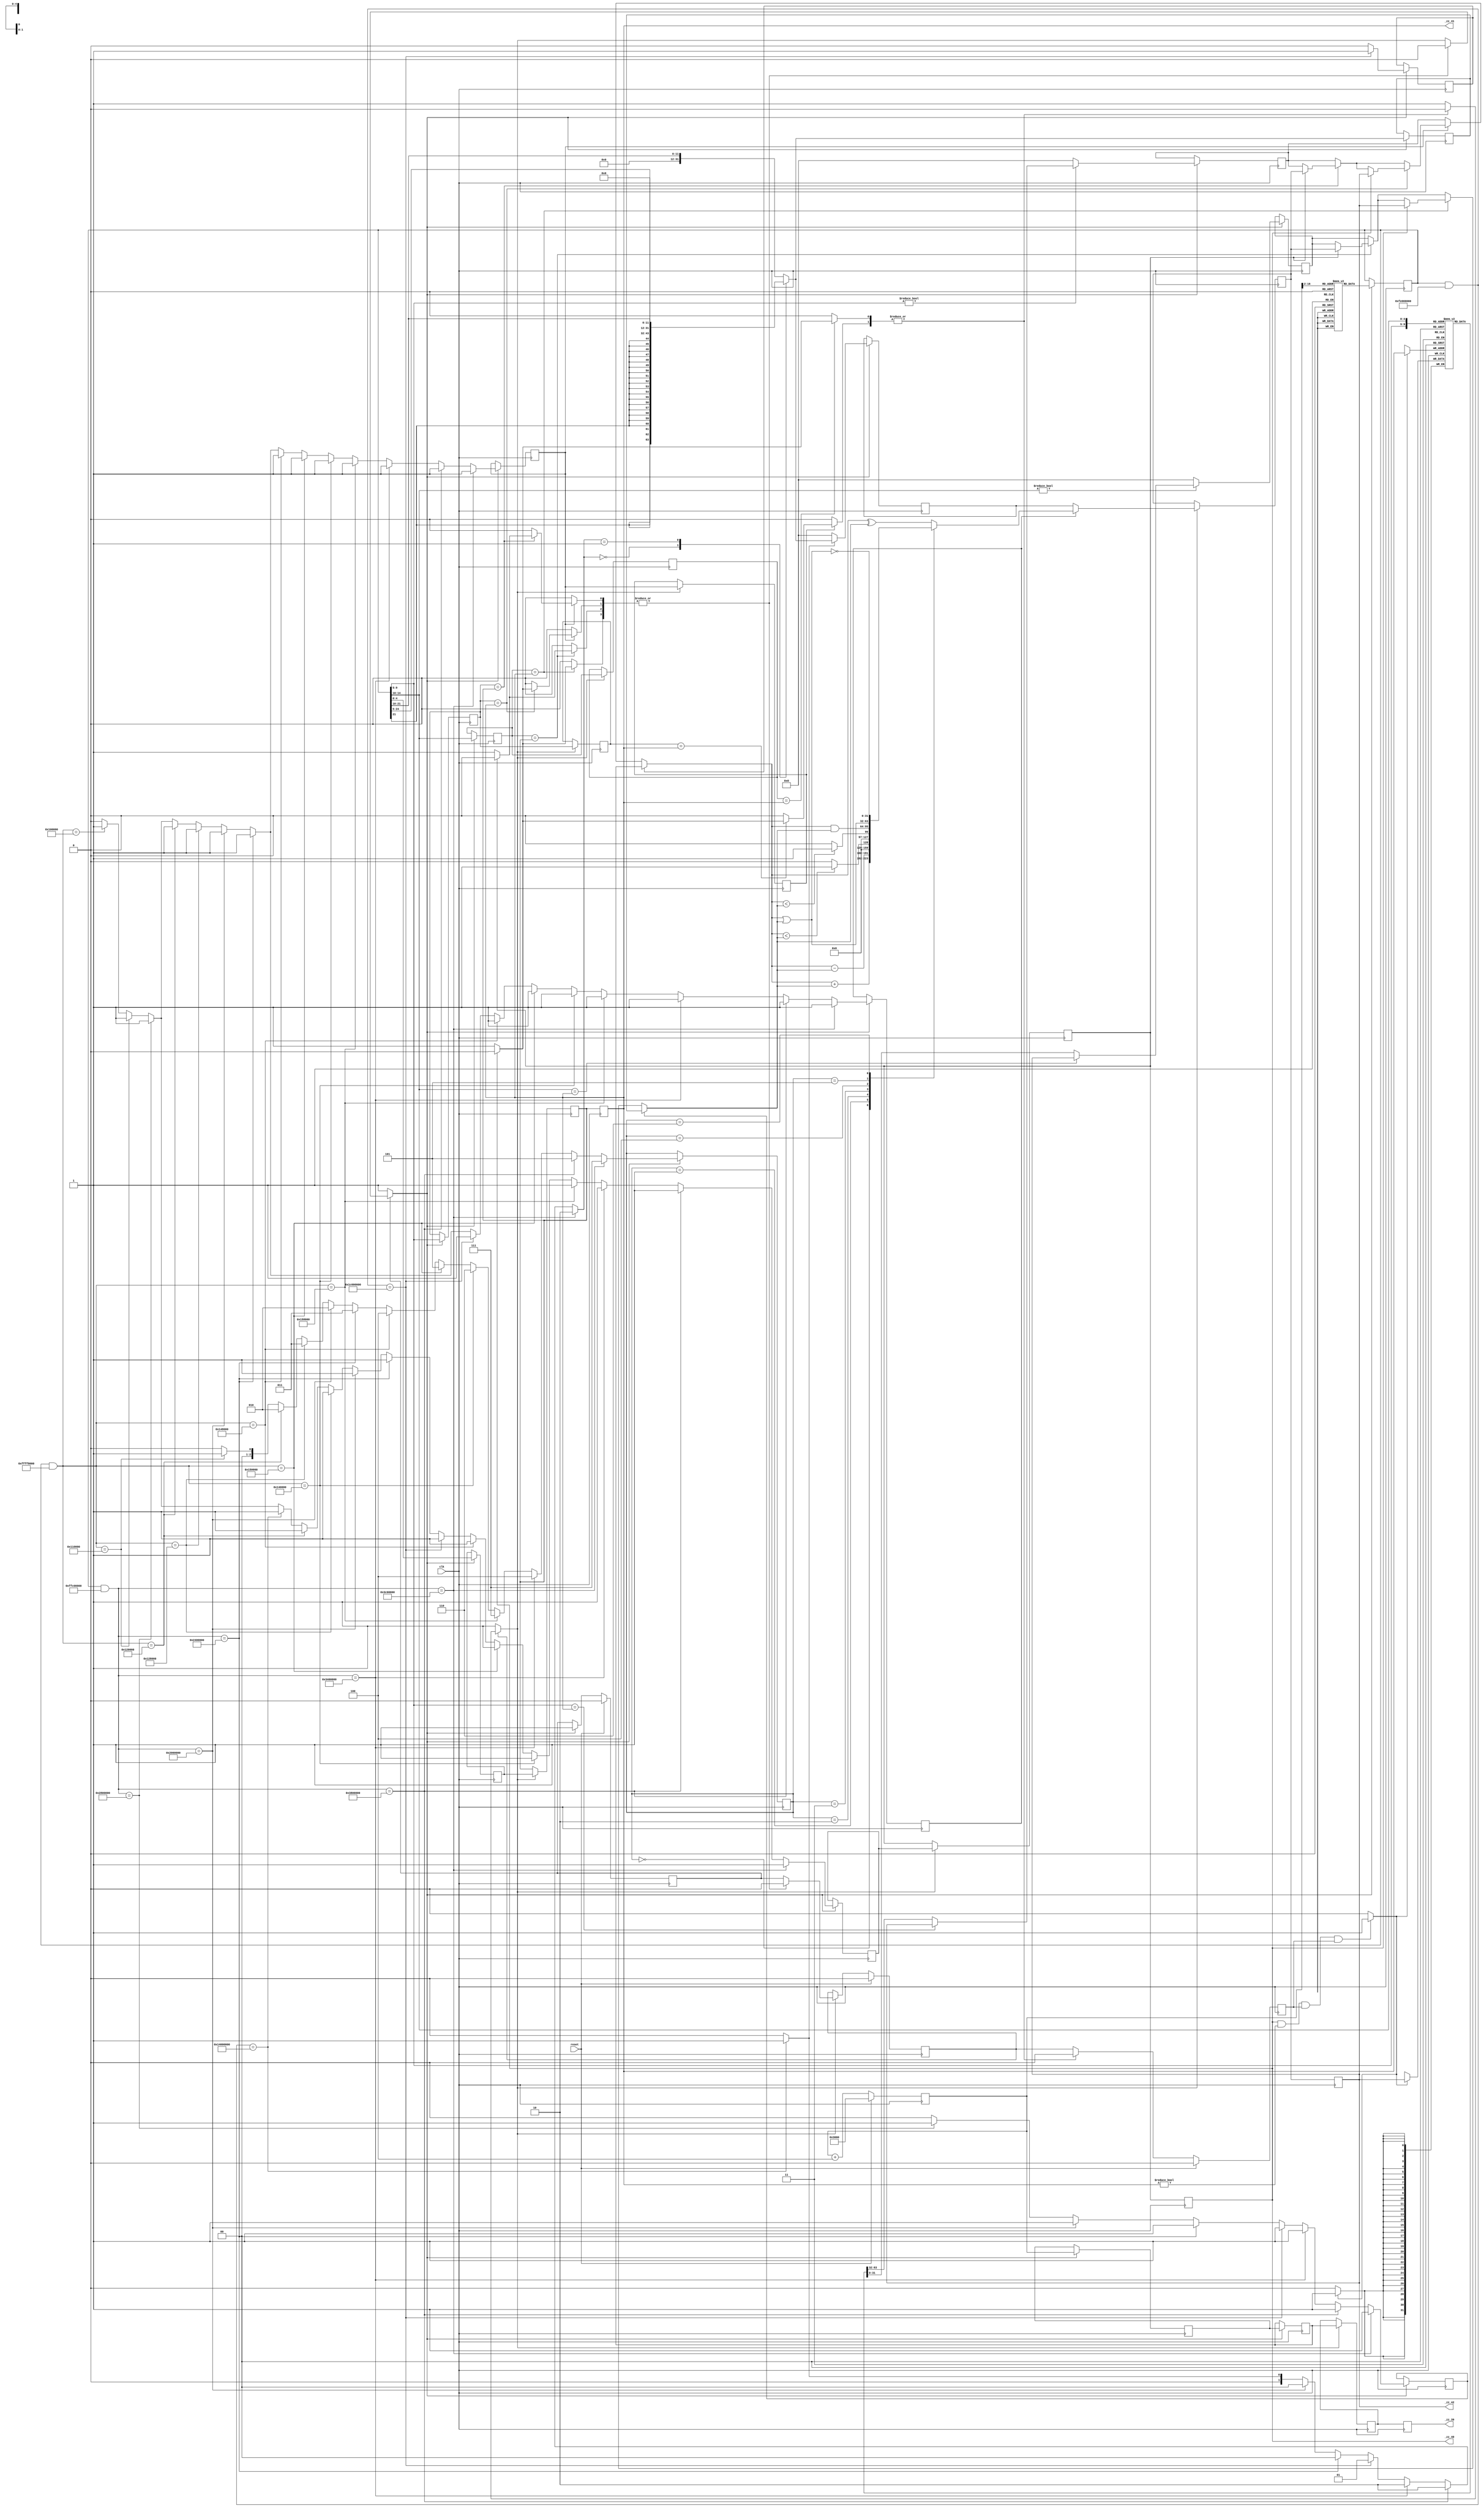
// Generator : SpinalHDL v1.10.1    git head : 2527c7c6b0fb0f95e5e1a5722a0be732b364ce43
// Component : LAS32
// Git hash  : 0c161fd4333e374c0560a31c999905c84b004fba

`timescale 1ns/1ps

module LAS32 (
  output wire [31:0]   _zz_39,
  output wire          _zz_40,
  output wire [4:0]    _zz_41,
  output wire [31:0]   _zz_42,
  input  wire          clk,
  input  wire          reset
);
  localparam AluSrc2_rk = 1'd0;
  localparam AluSrc2_luc = 1'd1;
  localparam AluSrc1_rj = 1'd0;
  localparam AluSrc1_pc = 1'd1;
  localparam AluOp_add = 3'd0;
  localparam AluOp_sub = 3'd1;
  localparam AluOp_slt = 3'd2;
  localparam AluOp_sltu = 3'd3;
  localparam AluOp_and_1 = 3'd4;
  localparam AluOp_or_1 = 3'd5;
  localparam AluOp_nor_1 = 3'd6;
  localparam AluOp_xor_1 = 3'd7;
  localparam LucOp_si12 = 2'd0;
  localparam LucOp_si20 = 2'd1;
  localparam LucOp_ui12 = 2'd2;

  wire       [31:0]   _zz__zz_37_port0;
  wire       [31:0]   _zz__zz_38_port1;
  wire       [31:0]   _zz__zz_38_port2;
  wire       [31:0]   _zz__zz_47;
  wire       [11:0]   _zz__zz_47_1;
  wire       [31:0]   _zz__zz_47_2;
  wire       [11:0]   _zz__zz_47_3;
  wire       [31:0]   _zz__zz_52;
  wire       [31:0]   _zz__zz_52_1;
  wire       [31:0]   _zz__zz_52_2;
  wire       [31:0]   _zz__zz_52_3;
  wire                write_up_isReady;
  wire                memory_down_isValid;
  wire                memory_up_isValid;
  wire                execute_down_isValid;
  wire                execute_up_isValid;
  wire                decode_down_isValid;
  wire                decode_up_isValid;
  reg        [4:0]    _zz_when_RegisterFile_l36;
  reg                 _zz_when_RegisterFile_l36_1;
  reg        [31:0]   _zz_1;
  reg        [31:0]   _zz_2;
  reg        [4:0]    _zz_when_Bypass_l27;
  reg                 _zz_when_RegisterFile_l36_2;
  reg        [4:0]    _zz_when_Bypass_l38;
  reg        [4:0]    _zz_when_Bypass_l27_1;
  reg                 _zz_3;
  reg        [31:0]   _zz_4;
  reg        [31:0]   _zz_5;
  wire                memory_down_isReady;
  reg        [31:0]   _zz_6;
  reg                 _zz_7;
  reg        [0:0]    _zz_8;
  reg        [0:0]    _zz_9;
  reg        [2:0]    _zz_10;
  reg        [4:0]    _zz_when_Bypass_l27_2;
  reg                 _zz_when_RegisterFile_l36_3;
  reg        [4:0]    _zz_when_Bypass_l38_1;
  reg        [4:0]    _zz_when_Bypass_l27_3;
  reg                 _zz_11;
  reg        [31:0]   _zz_12;
  wire                execute_down_isReady;
  reg                 execute_up_valid;
  reg        [31:0]   _zz_when_Decoder_l40;
  reg        [31:0]   _zz_13;
  wire                decode_down_isReady;
  wire                fetch_down_isReady;
  wire                write_down_valid;
  reg                 write_up_valid;
  reg                 memory_down_valid;
  reg                 memory_up_valid;
  reg                 execute_down_valid;
  wire                fetch_up_ready;
  reg                 fetch_down_ready;
  wire                decode_up_ready;
  reg                 decode_down_ready;
  reg                 execute_up_ready;
  reg                 execute_down_ready;
  reg                 memory_up_ready;
  reg                 _zz_memory_haltRequest_Bypass_l42;
  reg                 _zz_execute_haltRequest_Bypass_l42;
  reg                 _zz_execute_haltRequest_Bypass_l42_1;
  reg                 _zz_memory_haltRequest_Bypass_l42_1;
  reg                 _zz_execute_haltRequest_Bypass_l42_2;
  reg                 _zz_execute_haltRequest_Bypass_l42_3;
  reg                 _zz_memory_haltRequest_Bypass_l31;
  reg                 _zz_memory_haltRequest_Bypass_l42_2;
  wire       [4:0]    _zz_when_Bypass_l38_2;
  reg                 _zz_execute_haltRequest_Bypass_l42_4;
  reg                 _zz_execute_haltRequest_Bypass_l42_5;
  reg        [31:0]   _zz_14;
  reg        [31:0]   _zz_15;
  wire       [4:0]    _zz_when_Bypass_l38_3;
  reg                 _zz_execute_haltRequest_Bypass_l31;
  reg                 _zz_execute_haltRequest_Bypass_l31_1;
  wire       [31:0]   _zz_16;
  reg        [31:0]   _zz_17;
  reg        [31:0]   _zz_18;
  wire                _zz_when_RegisterFile_l36_4;
  wire       [4:0]    _zz_when_Bypass_l27_4;
  wire       [4:0]    _zz_when_Bypass_l27_5;
  wire                _zz_19;
  reg        [31:0]   _zz_20;
  reg        [31:0]   _zz_21;
  wire       [2:0]    _zz_22;
  wire       [0:0]    _zz_23;
  wire       [31:0]   _zz_24;
  wire       [0:0]    _zz_25;
  reg        [31:0]   _zz_26;
  wire       [31:0]   _zz_27;
  reg                 _zz_28;
  wire       [31:0]   _zz_29;
  wire                write_up_isValid;
  wire                write_up_isFiring;
  wire       [4:0]    _zz_when_RegisterFile_l36_5;
  wire                _zz_when_RegisterFile_l36_6;
  reg                 _zz_30;
  reg                 _zz_31;
  reg        [1:0]    _zz_32;
  reg        [0:0]    _zz_33;
  reg        [0:0]    _zz_34;
  reg        [2:0]    _zz_35;
  reg                 _zz_when_RegisterFile_l36_7;
  wire       [4:0]    _zz_when_Bypass_l38_4;
  wire       [4:0]    _zz_when_Bypass_l27_6;
  wire       [31:0]   _zz_when_Decoder_l40_1;
  reg                 _zz_36;
  wire       [31:0]   _zz_when_Decoder_l40_2;
  reg        [31:0]   _zz_when_Decoder_l40_3;
  wire       [14:0]   _zz_when_Decoder_l40_4;
  wire                when_Decoder_l40;
  wire                when_Decoder_l40_1;
  wire                when_Decoder_l40_2;
  wire                when_Decoder_l40_3;
  wire                when_Decoder_l40_4;
  wire                when_Decoder_l40_5;
  wire                when_Decoder_l40_6;
  wire                when_Decoder_l40_7;
  wire                when_Decoder_l40_8;
  wire                when_Decoder_l40_9;
  wire                when_Decoder_l40_10;
  wire                when_Decoder_l40_11;
  wire                when_Decoder_l40_12;
  wire                when_Decoder_l40_13;
  wire                when_Decoder_l40_14;
  wire                when_Decoder_l40_15;
  wire                when_RegisterFile_l36;
  reg        [31:0]   _zz_47;
  wire       [31:0]   _zz_48;
  wire       [31:0]   _zz_49;
  reg        [31:0]   _zz_50;
  reg        [31:0]   _zz_51;
  reg        [31:0]   _zz_52;
  wire                when_Bypass_l27;
  wire                execute_haltRequest_Bypass_l31;
  wire                when_Bypass_l27_1;
  wire                execute_haltRequest_Bypass_l31_1;
  wire                when_Bypass_l38;
  wire                execute_haltRequest_Bypass_l42;
  wire                when_Bypass_l38_1;
  wire                execute_haltRequest_Bypass_l42_1;
  wire                when_Bypass_l38_2;
  wire                memory_haltRequest_Bypass_l42;
  wire                when_Bypass_l27_2;
  wire                memory_haltRequest_Bypass_l31;
  wire                when_Bypass_l38_3;
  wire                execute_haltRequest_Bypass_l42_2;
  wire                when_Bypass_l38_4;
  wire                execute_haltRequest_Bypass_l42_3;
  wire                when_Bypass_l38_5;
  wire                memory_haltRequest_Bypass_l42_1;
  wire                when_Bypass_l38_6;
  wire                execute_haltRequest_Bypass_l42_4;
  wire                when_Bypass_l38_7;
  wire                execute_haltRequest_Bypass_l42_5;
  wire                when_Bypass_l38_8;
  wire                memory_haltRequest_Bypass_l42_2;
  wire                when_CtrlLink_l151;
  wire                when_CtrlLink_l151_1;
  wire                when_StageLink_l67;
  wire                when_StageLink_l67_1;
  wire                when_StageLink_l67_2;
  `ifndef SYNTHESIS
  reg [23:0] _zz_8_string;
  reg [15:0] _zz_9_string;
  reg [39:0] _zz_10_string;
  reg [39:0] _zz_22_string;
  reg [23:0] _zz_23_string;
  reg [15:0] _zz_25_string;
  reg [31:0] _zz_32_string;
  reg [23:0] _zz_33_string;
  reg [15:0] _zz_34_string;
  reg [39:0] _zz_35_string;
  `endif

  reg [31:0] _zz_37 [0:32767];
  (* ram_style = "distributed" *) reg [31:0] _zz_38 [0:31];

  assign _zz__zz_47_1 = _zz_when_Decoder_l40_1[21 : 10];
  assign _zz__zz_47 = {{20{_zz__zz_47_1[11]}}, _zz__zz_47_1};
  assign _zz__zz_47_3 = _zz_when_Decoder_l40_1[21 : 10];
  assign _zz__zz_47_2 = {20'd0, _zz__zz_47_3};
  assign _zz__zz_52 = (_zz_48 + _zz_49);
  assign _zz__zz_52_1 = (_zz_48 - _zz_49);
  assign _zz__zz_52_2 = _zz_48;
  assign _zz__zz_52_3 = _zz_49;
  assign _zz__zz_37_port0 = _zz_37[_zz_when_Decoder_l40_4];
  always @(posedge clk) begin
    if(_zz_28) begin
      _zz_38[_zz_when_RegisterFile_l36_5] <= _zz_29;
    end
  end

  assign _zz__zz_38_port1 = _zz_38[_zz_when_Bypass_l27_6];
  assign _zz__zz_38_port2 = _zz_38[_zz_when_Bypass_l38_4];
  `ifndef SYNTHESIS
  always @(*) begin
    case(_zz_8)
      AluSrc2_rk : _zz_8_string = "rk ";
      AluSrc2_luc : _zz_8_string = "luc";
      default : _zz_8_string = "???";
    endcase
  end
  always @(*) begin
    case(_zz_9)
      AluSrc1_rj : _zz_9_string = "rj";
      AluSrc1_pc : _zz_9_string = "pc";
      default : _zz_9_string = "??";
    endcase
  end
  always @(*) begin
    case(_zz_10)
      AluOp_add : _zz_10_string = "add  ";
      AluOp_sub : _zz_10_string = "sub  ";
      AluOp_slt : _zz_10_string = "slt  ";
      AluOp_sltu : _zz_10_string = "sltu ";
      AluOp_and_1 : _zz_10_string = "and_1";
      AluOp_or_1 : _zz_10_string = "or_1 ";
      AluOp_nor_1 : _zz_10_string = "nor_1";
      AluOp_xor_1 : _zz_10_string = "xor_1";
      default : _zz_10_string = "?????";
    endcase
  end
  always @(*) begin
    case(_zz_22)
      AluOp_add : _zz_22_string = "add  ";
      AluOp_sub : _zz_22_string = "sub  ";
      AluOp_slt : _zz_22_string = "slt  ";
      AluOp_sltu : _zz_22_string = "sltu ";
      AluOp_and_1 : _zz_22_string = "and_1";
      AluOp_or_1 : _zz_22_string = "or_1 ";
      AluOp_nor_1 : _zz_22_string = "nor_1";
      AluOp_xor_1 : _zz_22_string = "xor_1";
      default : _zz_22_string = "?????";
    endcase
  end
  always @(*) begin
    case(_zz_23)
      AluSrc2_rk : _zz_23_string = "rk ";
      AluSrc2_luc : _zz_23_string = "luc";
      default : _zz_23_string = "???";
    endcase
  end
  always @(*) begin
    case(_zz_25)
      AluSrc1_rj : _zz_25_string = "rj";
      AluSrc1_pc : _zz_25_string = "pc";
      default : _zz_25_string = "??";
    endcase
  end
  always @(*) begin
    case(_zz_32)
      LucOp_si12 : _zz_32_string = "si12";
      LucOp_si20 : _zz_32_string = "si20";
      LucOp_ui12 : _zz_32_string = "ui12";
      default : _zz_32_string = "????";
    endcase
  end
  always @(*) begin
    case(_zz_33)
      AluSrc2_rk : _zz_33_string = "rk ";
      AluSrc2_luc : _zz_33_string = "luc";
      default : _zz_33_string = "???";
    endcase
  end
  always @(*) begin
    case(_zz_34)
      AluSrc1_rj : _zz_34_string = "rj";
      AluSrc1_pc : _zz_34_string = "pc";
      default : _zz_34_string = "??";
    endcase
  end
  always @(*) begin
    case(_zz_35)
      AluOp_add : _zz_35_string = "add  ";
      AluOp_sub : _zz_35_string = "sub  ";
      AluOp_slt : _zz_35_string = "slt  ";
      AluOp_sltu : _zz_35_string = "sltu ";
      AluOp_and_1 : _zz_35_string = "and_1";
      AluOp_or_1 : _zz_35_string = "or_1 ";
      AluOp_nor_1 : _zz_35_string = "nor_1";
      AluOp_xor_1 : _zz_35_string = "xor_1";
      default : _zz_35_string = "?????";
    endcase
  end
  `endif

  always @(*) begin
    _zz_memory_haltRequest_Bypass_l42 = 1'b0;
    if(when_Bypass_l38_8) begin
      if(!_zz_when_RegisterFile_l36_6) begin
        _zz_memory_haltRequest_Bypass_l42 = 1'b1;
      end
    end
  end

  always @(*) begin
    _zz_execute_haltRequest_Bypass_l42 = 1'b0;
    if(when_Bypass_l38_7) begin
      if(!_zz_when_RegisterFile_l36_6) begin
        _zz_execute_haltRequest_Bypass_l42 = 1'b1;
      end
    end
  end

  always @(*) begin
    _zz_execute_haltRequest_Bypass_l42_1 = 1'b0;
    if(when_Bypass_l38_6) begin
      if(!_zz_when_RegisterFile_l36_4) begin
        _zz_execute_haltRequest_Bypass_l42_1 = 1'b1;
      end
    end
  end

  always @(*) begin
    _zz_memory_haltRequest_Bypass_l42_1 = 1'b0;
    if(when_Bypass_l38_5) begin
      if(!_zz_when_RegisterFile_l36_6) begin
        _zz_memory_haltRequest_Bypass_l42_1 = 1'b1;
      end
    end
  end

  always @(*) begin
    _zz_execute_haltRequest_Bypass_l42_2 = 1'b0;
    if(when_Bypass_l38_4) begin
      if(!_zz_when_RegisterFile_l36_6) begin
        _zz_execute_haltRequest_Bypass_l42_2 = 1'b1;
      end
    end
  end

  always @(*) begin
    _zz_execute_haltRequest_Bypass_l42_3 = 1'b0;
    if(when_Bypass_l38_3) begin
      if(!_zz_when_RegisterFile_l36_4) begin
        _zz_execute_haltRequest_Bypass_l42_3 = 1'b1;
      end
    end
  end

  always @(*) begin
    _zz_memory_haltRequest_Bypass_l31 = 1'b0;
    if(_zz_3) begin
      if(when_Bypass_l27_2) begin
        if(!_zz_when_RegisterFile_l36_6) begin
          _zz_memory_haltRequest_Bypass_l31 = 1'b1;
        end
      end
    end
  end

  always @(*) begin
    _zz_memory_haltRequest_Bypass_l42_2 = 1'b0;
    if(when_Bypass_l38_2) begin
      if(!_zz_when_RegisterFile_l36_6) begin
        _zz_memory_haltRequest_Bypass_l42_2 = 1'b1;
      end
    end
  end

  always @(*) begin
    _zz_execute_haltRequest_Bypass_l42_4 = 1'b0;
    if(when_Bypass_l38_1) begin
      if(!_zz_when_RegisterFile_l36_6) begin
        _zz_execute_haltRequest_Bypass_l42_4 = 1'b1;
      end
    end
  end

  always @(*) begin
    _zz_execute_haltRequest_Bypass_l42_5 = 1'b0;
    if(when_Bypass_l38) begin
      if(!_zz_when_RegisterFile_l36_4) begin
        _zz_execute_haltRequest_Bypass_l42_5 = 1'b1;
      end
    end
  end

  always @(*) begin
    _zz_15 = _zz_14;
    if(when_Bypass_l38) begin
      if(_zz_when_RegisterFile_l36_4) begin
        _zz_15 = _zz_16;
      end
    end
    if(when_Bypass_l38_1) begin
      if(_zz_when_RegisterFile_l36_6) begin
        _zz_15 = _zz_29;
      end
    end
    if(when_Bypass_l38_3) begin
      if(_zz_when_RegisterFile_l36_4) begin
        _zz_15 = _zz_16;
      end
    end
    if(when_Bypass_l38_4) begin
      if(_zz_when_RegisterFile_l36_6) begin
        _zz_15 = _zz_29;
      end
    end
    if(when_Bypass_l38_6) begin
      if(_zz_when_RegisterFile_l36_4) begin
        _zz_15 = _zz_16;
      end
    end
    if(when_Bypass_l38_7) begin
      if(_zz_when_RegisterFile_l36_6) begin
        _zz_15 = _zz_29;
      end
    end
  end

  always @(*) begin
    _zz_execute_haltRequest_Bypass_l31 = 1'b0;
    if(_zz_19) begin
      if(when_Bypass_l27_1) begin
        if(!_zz_when_RegisterFile_l36_6) begin
          _zz_execute_haltRequest_Bypass_l31 = 1'b1;
        end
      end
    end
  end

  always @(*) begin
    _zz_execute_haltRequest_Bypass_l31_1 = 1'b0;
    if(_zz_19) begin
      if(when_Bypass_l27) begin
        if(!_zz_when_RegisterFile_l36_4) begin
          _zz_execute_haltRequest_Bypass_l31_1 = 1'b1;
        end
      end
    end
  end

  always @(*) begin
    _zz_18 = _zz_17;
    if(_zz_19) begin
      if(when_Bypass_l27) begin
        if(_zz_when_RegisterFile_l36_4) begin
          _zz_18 = _zz_16;
        end
      end
      if(when_Bypass_l27_1) begin
        if(_zz_when_RegisterFile_l36_6) begin
          _zz_18 = _zz_29;
        end
      end
    end
  end

  always @(*) begin
    _zz_21 = _zz_20;
    if(_zz_7) begin
      _zz_21 = _zz_52;
    end
  end

  always @(*) begin
    _zz_26 = 32'h00000000;
    if(_zz_31) begin
      _zz_26 = _zz_27;
    end
  end

  always @(*) begin
    _zz_28 = 1'b0;
    if(when_RegisterFile_l36) begin
      _zz_28 = 1'b1;
    end
  end

  assign _zz_when_Decoder_l40_2 = _zz_when_Decoder_l40_3;
  assign _zz_when_Decoder_l40_4 = _zz_when_Decoder_l40_2[16 : 2];
  always @(*) begin
    _zz_36 = 1'b0;
    if(when_Decoder_l40) begin
      _zz_36 = 1'b1;
    end
    if(when_Decoder_l40_1) begin
      _zz_36 = 1'b1;
    end
    if(when_Decoder_l40_2) begin
      _zz_36 = 1'b1;
    end
    if(when_Decoder_l40_4) begin
      _zz_36 = 1'b1;
    end
    if(when_Decoder_l40_5) begin
      _zz_36 = 1'b1;
    end
    if(when_Decoder_l40_6) begin
      _zz_36 = 1'b1;
    end
    if(when_Decoder_l40_7) begin
      _zz_36 = 1'b1;
    end
    if(when_Decoder_l40_9) begin
      _zz_36 = 1'b1;
    end
    if(when_Decoder_l40_10) begin
      _zz_36 = 1'b1;
    end
    if(when_Decoder_l40_11) begin
      _zz_36 = 1'b1;
    end
    if(when_Decoder_l40_12) begin
      _zz_36 = 1'b1;
    end
    if(when_Decoder_l40_13) begin
      _zz_36 = 1'b1;
    end
    if(when_Decoder_l40_14) begin
      _zz_36 = 1'b1;
    end
    if(when_Decoder_l40_15) begin
      _zz_36 = 1'b1;
    end
  end

  assign _zz_when_Bypass_l27_6 = _zz_when_Decoder_l40_1[9 : 5];
  assign _zz_when_Bypass_l38_4 = _zz_when_Decoder_l40_1[14 : 10];
  always @(*) begin
    _zz_when_RegisterFile_l36_7 = 1'b0;
    if(when_Decoder_l40) begin
      _zz_when_RegisterFile_l36_7 = 1'b1;
    end
    if(when_Decoder_l40_1) begin
      _zz_when_RegisterFile_l36_7 = 1'b1;
    end
    if(when_Decoder_l40_2) begin
      _zz_when_RegisterFile_l36_7 = 1'b1;
    end
    if(when_Decoder_l40_3) begin
      _zz_when_RegisterFile_l36_7 = 1'b1;
    end
    if(when_Decoder_l40_4) begin
      _zz_when_RegisterFile_l36_7 = 1'b1;
    end
    if(when_Decoder_l40_5) begin
      _zz_when_RegisterFile_l36_7 = 1'b1;
    end
    if(when_Decoder_l40_6) begin
      _zz_when_RegisterFile_l36_7 = 1'b1;
    end
    if(when_Decoder_l40_7) begin
      _zz_when_RegisterFile_l36_7 = 1'b1;
    end
    if(when_Decoder_l40_8) begin
      _zz_when_RegisterFile_l36_7 = 1'b1;
    end
    if(when_Decoder_l40_9) begin
      _zz_when_RegisterFile_l36_7 = 1'b1;
    end
    if(when_Decoder_l40_10) begin
      _zz_when_RegisterFile_l36_7 = 1'b1;
    end
    if(when_Decoder_l40_11) begin
      _zz_when_RegisterFile_l36_7 = 1'b1;
    end
    if(when_Decoder_l40_12) begin
      _zz_when_RegisterFile_l36_7 = 1'b1;
    end
    if(when_Decoder_l40_13) begin
      _zz_when_RegisterFile_l36_7 = 1'b1;
    end
    if(when_Decoder_l40_14) begin
      _zz_when_RegisterFile_l36_7 = 1'b1;
    end
    if(when_Decoder_l40_15) begin
      _zz_when_RegisterFile_l36_7 = 1'b1;
    end
  end

  always @(*) begin
    _zz_35 = AluOp_add;
    if(when_Decoder_l40_1) begin
      _zz_35 = AluOp_sub;
    end
    if(when_Decoder_l40_4) begin
      _zz_35 = AluOp_slt;
    end
    if(when_Decoder_l40_5) begin
      _zz_35 = AluOp_sltu;
    end
    if(when_Decoder_l40_6) begin
      _zz_35 = AluOp_slt;
    end
    if(when_Decoder_l40_7) begin
      _zz_35 = AluOp_sltu;
    end
    if(when_Decoder_l40_9) begin
      _zz_35 = AluOp_and_1;
    end
    if(when_Decoder_l40_10) begin
      _zz_35 = AluOp_or_1;
    end
    if(when_Decoder_l40_11) begin
      _zz_35 = AluOp_nor_1;
    end
    if(when_Decoder_l40_12) begin
      _zz_35 = AluOp_xor_1;
    end
    if(when_Decoder_l40_13) begin
      _zz_35 = AluOp_and_1;
    end
    if(when_Decoder_l40_14) begin
      _zz_35 = AluOp_or_1;
    end
    if(when_Decoder_l40_15) begin
      _zz_35 = AluOp_xor_1;
    end
  end

  always @(*) begin
    _zz_34 = AluSrc1_rj;
    if(when_Decoder_l40_8) begin
      _zz_34 = AluSrc1_pc;
    end
  end

  always @(*) begin
    _zz_33 = AluSrc2_rk;
    if(when_Decoder_l40_2) begin
      _zz_33 = AluSrc2_luc;
    end
    if(when_Decoder_l40_6) begin
      _zz_33 = AluSrc2_luc;
    end
    if(when_Decoder_l40_7) begin
      _zz_33 = AluSrc2_luc;
    end
    if(when_Decoder_l40_8) begin
      _zz_33 = AluSrc2_luc;
    end
    if(when_Decoder_l40_13) begin
      _zz_33 = AluSrc2_luc;
    end
    if(when_Decoder_l40_14) begin
      _zz_33 = AluSrc2_luc;
    end
    if(when_Decoder_l40_15) begin
      _zz_33 = AluSrc2_luc;
    end
  end

  always @(*) begin
    _zz_32 = LucOp_si12;
    if(when_Decoder_l40_2) begin
      _zz_32 = LucOp_si12;
    end
    if(when_Decoder_l40_3) begin
      _zz_32 = LucOp_si20;
    end
    if(when_Decoder_l40_6) begin
      _zz_32 = LucOp_si12;
    end
    if(when_Decoder_l40_7) begin
      _zz_32 = LucOp_si12;
    end
    if(when_Decoder_l40_8) begin
      _zz_32 = LucOp_si20;
    end
    if(when_Decoder_l40_13) begin
      _zz_32 = LucOp_ui12;
    end
    if(when_Decoder_l40_14) begin
      _zz_32 = LucOp_ui12;
    end
    if(when_Decoder_l40_15) begin
      _zz_32 = LucOp_ui12;
    end
  end

  always @(*) begin
    _zz_31 = 1'b0;
    if(when_Decoder_l40_3) begin
      _zz_31 = 1'b1;
    end
  end

  always @(*) begin
    _zz_30 = 1'b0;
    if(when_Decoder_l40) begin
      _zz_30 = 1'b1;
    end
    if(when_Decoder_l40_1) begin
      _zz_30 = 1'b1;
    end
    if(when_Decoder_l40_2) begin
      _zz_30 = 1'b1;
    end
    if(when_Decoder_l40_4) begin
      _zz_30 = 1'b1;
    end
    if(when_Decoder_l40_5) begin
      _zz_30 = 1'b1;
    end
    if(when_Decoder_l40_6) begin
      _zz_30 = 1'b1;
    end
    if(when_Decoder_l40_7) begin
      _zz_30 = 1'b1;
    end
    if(when_Decoder_l40_8) begin
      _zz_30 = 1'b1;
    end
    if(when_Decoder_l40_9) begin
      _zz_30 = 1'b1;
    end
    if(when_Decoder_l40_10) begin
      _zz_30 = 1'b1;
    end
    if(when_Decoder_l40_11) begin
      _zz_30 = 1'b1;
    end
    if(when_Decoder_l40_12) begin
      _zz_30 = 1'b1;
    end
    if(when_Decoder_l40_13) begin
      _zz_30 = 1'b1;
    end
    if(when_Decoder_l40_14) begin
      _zz_30 = 1'b1;
    end
    if(when_Decoder_l40_15) begin
      _zz_30 = 1'b1;
    end
  end

  assign when_Decoder_l40 = ((_zz_when_Decoder_l40_1 & 32'hffff8000) == 32'h00100000);
  assign when_Decoder_l40_1 = ((_zz_when_Decoder_l40_1 & 32'hffff8000) == 32'h00110000);
  assign when_Decoder_l40_2 = ((_zz_when_Decoder_l40_1 & 32'hffc00000) == 32'h02800000);
  assign when_Decoder_l40_3 = ((_zz_when_Decoder_l40_1 & 32'hfe000000) == 32'h14000000);
  assign when_Decoder_l40_4 = ((_zz_when_Decoder_l40_1 & 32'hffff8000) == 32'h00120000);
  assign when_Decoder_l40_5 = ((_zz_when_Decoder_l40_1 & 32'hffff8000) == 32'h00128000);
  assign when_Decoder_l40_6 = ((_zz_when_Decoder_l40_1 & 32'hffc00000) == 32'h02000000);
  assign when_Decoder_l40_7 = ((_zz_when_Decoder_l40_1 & 32'hffc00000) == 32'h02400000);
  assign when_Decoder_l40_8 = ((_zz_when_Decoder_l40_1 & 32'hfe000000) == 32'h1c000000);
  assign when_Decoder_l40_9 = ((_zz_when_Decoder_l40_1 & 32'hffff8000) == 32'h00148000);
  assign when_Decoder_l40_10 = ((_zz_when_Decoder_l40_1 & 32'hffff8000) == 32'h00150000);
  assign when_Decoder_l40_11 = ((_zz_when_Decoder_l40_1 & 32'hffff8000) == 32'h00140000);
  assign when_Decoder_l40_12 = ((_zz_when_Decoder_l40_1 & 32'hffff8000) == 32'h00158000);
  assign when_Decoder_l40_13 = ((_zz_when_Decoder_l40_1 & 32'hffc00000) == 32'h03400000);
  assign when_Decoder_l40_14 = ((_zz_when_Decoder_l40_1 & 32'hffc00000) == 32'h03800000);
  assign when_Decoder_l40_15 = ((_zz_when_Decoder_l40_1 & 32'hffc00000) == 32'h03c00000);
  assign when_RegisterFile_l36 = (((_zz_when_RegisterFile_l36_6 && (_zz_when_RegisterFile_l36_5 != 5'h00)) && write_up_isFiring) && write_up_isValid);
  always @(*) begin
    case(_zz_32)
      LucOp_si12 : begin
        _zz_47 = _zz__zz_47;
      end
      LucOp_si20 : begin
        _zz_47 = {_zz_when_Decoder_l40_1[24 : 5],12'h000};
      end
      default : begin
        _zz_47 = _zz__zz_47_2;
      end
    endcase
  end

  assign _zz_27 = _zz_47;
  always @(*) begin
    case(_zz_25)
      AluSrc1_rj : begin
        _zz_50 = _zz_18;
      end
      default : begin
        _zz_50 = _zz_24;
      end
    endcase
  end

  assign _zz_48 = _zz_50;
  always @(*) begin
    case(_zz_23)
      AluSrc2_rk : begin
        _zz_51 = _zz_15;
      end
      default : begin
        _zz_51 = _zz_6;
      end
    endcase
  end

  assign _zz_49 = _zz_51;
  always @(*) begin
    case(_zz_22)
      AluOp_add : begin
        _zz_52 = _zz__zz_52;
      end
      AluOp_sub : begin
        _zz_52 = _zz__zz_52_1;
      end
      AluOp_slt : begin
        _zz_52 = (($signed(_zz__zz_52_2) < $signed(_zz__zz_52_3)) ? 32'h00000001 : 32'h00000000);
      end
      AluOp_sltu : begin
        _zz_52 = ((_zz_48 < _zz_49) ? 32'h00000001 : 32'h00000000);
      end
      AluOp_and_1 : begin
        _zz_52 = (_zz_48 & _zz_49);
      end
      AluOp_or_1 : begin
        _zz_52 = (_zz_48 | _zz_49);
      end
      AluOp_nor_1 : begin
        _zz_52 = (~ (_zz_48 | _zz_49));
      end
      default : begin
        _zz_52 = (_zz_48 ^ _zz_49);
      end
    endcase
  end

  assign _zz_39 = _zz_2;
  assign _zz_40 = _zz_when_RegisterFile_l36_6;
  assign _zz_41 = _zz_when_RegisterFile_l36_5;
  assign _zz_42 = _zz_29;
  assign when_Bypass_l27 = (_zz_when_Bypass_l27_5 == _zz_when_Bypass_l27_4);
  assign execute_haltRequest_Bypass_l31 = _zz_execute_haltRequest_Bypass_l31_1;
  assign when_Bypass_l27_1 = (_zz_when_Bypass_l27_5 == _zz_when_RegisterFile_l36_5);
  assign execute_haltRequest_Bypass_l31_1 = _zz_execute_haltRequest_Bypass_l31;
  assign when_Bypass_l38 = (_zz_when_Bypass_l38_3 == _zz_when_Bypass_l27_4);
  assign execute_haltRequest_Bypass_l42 = _zz_execute_haltRequest_Bypass_l42_5;
  assign when_Bypass_l38_1 = (_zz_when_Bypass_l38_3 == _zz_when_RegisterFile_l36_5);
  assign execute_haltRequest_Bypass_l42_1 = _zz_execute_haltRequest_Bypass_l42_4;
  assign when_Bypass_l38_2 = (_zz_when_Bypass_l38_2 == _zz_when_RegisterFile_l36_5);
  assign memory_haltRequest_Bypass_l42 = _zz_memory_haltRequest_Bypass_l42_2;
  assign when_Bypass_l27_2 = (_zz_when_Bypass_l27_1 == _zz_when_RegisterFile_l36_5);
  assign memory_haltRequest_Bypass_l31 = _zz_memory_haltRequest_Bypass_l31;
  assign when_Bypass_l38_3 = (_zz_when_Bypass_l38_3 == _zz_when_Bypass_l27_4);
  assign execute_haltRequest_Bypass_l42_2 = _zz_execute_haltRequest_Bypass_l42_3;
  assign when_Bypass_l38_4 = (_zz_when_Bypass_l38_3 == _zz_when_RegisterFile_l36_5);
  assign execute_haltRequest_Bypass_l42_3 = _zz_execute_haltRequest_Bypass_l42_2;
  assign when_Bypass_l38_5 = (_zz_when_Bypass_l38_2 == _zz_when_RegisterFile_l36_5);
  assign memory_haltRequest_Bypass_l42_1 = _zz_memory_haltRequest_Bypass_l42_1;
  assign when_Bypass_l38_6 = (_zz_when_Bypass_l38_3 == _zz_when_Bypass_l27_4);
  assign execute_haltRequest_Bypass_l42_4 = _zz_execute_haltRequest_Bypass_l42_1;
  assign when_Bypass_l38_7 = (_zz_when_Bypass_l38_3 == _zz_when_RegisterFile_l36_5);
  assign execute_haltRequest_Bypass_l42_5 = _zz_execute_haltRequest_Bypass_l42;
  assign when_Bypass_l38_8 = (_zz_when_Bypass_l38_2 == _zz_when_RegisterFile_l36_5);
  assign memory_haltRequest_Bypass_l42_2 = _zz_memory_haltRequest_Bypass_l42;
  assign fetch_up_ready = fetch_down_isReady;
  assign decode_up_ready = decode_down_isReady;
  assign _zz_when_Decoder_l40_1 = _zz_when_Decoder_l40;
  always @(*) begin
    execute_down_valid = execute_up_valid;
    if(when_CtrlLink_l151) begin
      execute_down_valid = 1'b0;
    end
  end

  always @(*) begin
    execute_up_ready = execute_down_isReady;
    if(when_CtrlLink_l151) begin
      execute_up_ready = 1'b0;
    end
  end

  assign when_CtrlLink_l151 = (|{execute_haltRequest_Bypass_l42_5,{execute_haltRequest_Bypass_l42_4,{execute_haltRequest_Bypass_l42_3,{execute_haltRequest_Bypass_l42_2,{execute_haltRequest_Bypass_l42_1,{execute_haltRequest_Bypass_l42,{execute_haltRequest_Bypass_l31_1,execute_haltRequest_Bypass_l31}}}}}}});
  assign _zz_24 = _zz_12;
  assign _zz_19 = _zz_11;
  assign _zz_when_Bypass_l27_5 = _zz_when_Bypass_l27_3;
  assign _zz_when_Bypass_l38_3 = _zz_when_Bypass_l38_1;
  assign _zz_22 = _zz_10;
  assign _zz_25 = _zz_9;
  assign _zz_23 = _zz_8;
  always @(*) begin
    memory_down_valid = memory_up_valid;
    if(when_CtrlLink_l151_1) begin
      memory_down_valid = 1'b0;
    end
  end

  always @(*) begin
    memory_up_ready = memory_down_isReady;
    if(when_CtrlLink_l151_1) begin
      memory_up_ready = 1'b0;
    end
  end

  assign when_CtrlLink_l151_1 = (|{memory_haltRequest_Bypass_l42_2,{memory_haltRequest_Bypass_l42_1,{memory_haltRequest_Bypass_l31,memory_haltRequest_Bypass_l42}}});
  assign _zz_16 = _zz_4;
  assign _zz_when_Bypass_l38_2 = _zz_when_Bypass_l38;
  assign _zz_when_RegisterFile_l36_4 = _zz_when_RegisterFile_l36_2;
  assign _zz_when_Bypass_l27_4 = _zz_when_Bypass_l27;
  assign write_down_valid = write_up_valid;
  assign _zz_29 = _zz_1;
  assign _zz_when_RegisterFile_l36_6 = _zz_when_RegisterFile_l36_1;
  assign _zz_when_RegisterFile_l36_5 = _zz_when_RegisterFile_l36;
  always @(*) begin
    fetch_down_ready = decode_up_ready;
    if(when_StageLink_l67) begin
      fetch_down_ready = 1'b1;
    end
  end

  assign when_StageLink_l67 = (! decode_up_isValid);
  always @(*) begin
    decode_down_ready = execute_up_ready;
    if(when_StageLink_l67_1) begin
      decode_down_ready = 1'b1;
    end
  end

  assign when_StageLink_l67_1 = (! execute_up_isValid);
  always @(*) begin
    execute_down_ready = memory_up_ready;
    if(when_StageLink_l67_2) begin
      execute_down_ready = 1'b1;
    end
  end

  assign when_StageLink_l67_2 = (! memory_up_isValid);
  assign fetch_down_isReady = fetch_down_ready;
  assign decode_up_isValid = 1'b1;
  assign decode_down_isValid = 1'b1;
  assign decode_down_isReady = decode_down_ready;
  assign execute_up_isValid = execute_up_valid;
  assign execute_down_isValid = execute_down_valid;
  assign execute_down_isReady = execute_down_ready;
  assign memory_up_isValid = memory_up_valid;
  assign memory_down_isValid = memory_down_valid;
  assign memory_down_isReady = 1'b1;
  assign write_up_isFiring = (write_up_isValid && write_up_isReady);
  assign write_up_isValid = write_up_valid;
  assign write_up_isReady = 1'b1;
  always @(posedge clk) begin
    if(reset) begin
      _zz_when_Decoder_l40_3 <= 32'h00003000;
      execute_up_valid <= 1'b0;
      memory_up_valid <= 1'b0;
      write_up_valid <= 1'b0;
    end else begin
      _zz_when_Decoder_l40_3 <= (_zz_when_Decoder_l40_3 + 32'h00000004);
      if(decode_down_isReady) begin
        execute_up_valid <= decode_down_isValid;
      end
      if(execute_down_isReady) begin
        memory_up_valid <= execute_down_isValid;
      end
      write_up_valid <= memory_down_isValid;
    end
  end

  always @(posedge clk) begin
    if(fetch_down_isReady) begin
      _zz_13 <= _zz_when_Decoder_l40_2;
      _zz_when_Decoder_l40 <= _zz__zz_37_port0;
    end
    if(decode_down_isReady) begin
      _zz_12 <= _zz_13;
      _zz_20 <= _zz_26;
      _zz_11 <= _zz_36;
      _zz_when_Bypass_l27_3 <= _zz_when_Bypass_l27_6;
      _zz_when_Bypass_l38_1 <= _zz_when_Bypass_l38_4;
      _zz_when_RegisterFile_l36_3 <= _zz_when_RegisterFile_l36_7;
      _zz_when_Bypass_l27_2 <= _zz_when_Decoder_l40_1[4 : 0];
      _zz_10 <= _zz_35;
      _zz_9 <= _zz_34;
      _zz_8 <= _zz_33;
      _zz_7 <= _zz_30;
      _zz_17 <= ((_zz_when_Bypass_l27_6 != 5'h00) ? ((_zz_when_Bypass_l27_6 == _zz_when_RegisterFile_l36_5) ? _zz_29 : _zz__zz_38_port1) : 32'h00000000);
      _zz_14 <= ((_zz_when_Bypass_l38_4 != 5'h00) ? ((_zz_when_Bypass_l38_4 == _zz_when_RegisterFile_l36_5) ? _zz_29 : _zz__zz_38_port2) : 32'h00000000);
      _zz_6 <= _zz_27;
    end
    if(execute_down_isReady) begin
      _zz_5 <= _zz_24;
      _zz_4 <= _zz_21;
      _zz_3 <= _zz_19;
      _zz_when_Bypass_l27_1 <= _zz_when_Bypass_l27_5;
      _zz_when_Bypass_l38 <= _zz_when_Bypass_l38_3;
      _zz_when_RegisterFile_l36_2 <= _zz_when_RegisterFile_l36_3;
      _zz_when_Bypass_l27 <= _zz_when_Bypass_l27_2;
    end
    _zz_2 <= _zz_5;
    _zz_1 <= _zz_16;
    _zz_when_RegisterFile_l36_1 <= _zz_when_RegisterFile_l36_4;
    _zz_when_RegisterFile_l36 <= _zz_when_Bypass_l27_4;
  end


endmodule